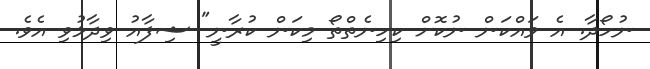
ނުހޯދާ. އެ ވައްކަން ނުކޮށް ކިހިނެތްތޯ މިކަން ކުރާނީ" ޝިފާއު ވިދާޅުވި އެވެ.